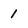
Character: 1